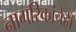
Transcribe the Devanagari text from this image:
नागरिकांचेही